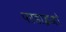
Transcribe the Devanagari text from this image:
परडाइजो